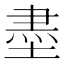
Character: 𡎀